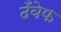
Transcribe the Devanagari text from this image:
ढँवेफ